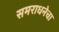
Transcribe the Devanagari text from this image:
समराधनेचा